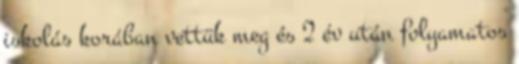
iskolás korában vettük meg és 2 év után folyamatos